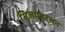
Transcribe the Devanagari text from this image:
सिलाम्बरसन